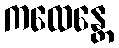
ကထေန္တေ